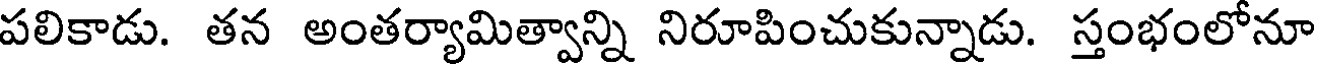
పలికాడు. తన అంతర్యామిత్వాన్ని నిరూపించుకున్నాడు. స్తంభంలోనూ